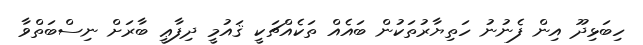
ހިބަޅިދޫ އިން ފެނުނު ހަތިޔާރުތަކުން ބައެއް ތަކެއްޗަކީ ޤައުމީ ދިފާޢީ ބާރަށް ނިސްބަތްވާ